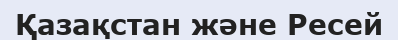
Қазақстан және Ресей